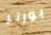
بورتر